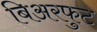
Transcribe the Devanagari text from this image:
बिअरफुट